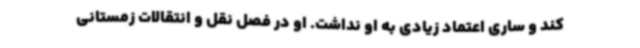
کند و ساری اعتماد زیادی به او نداشت. او در فصل نقل و انتقالات زمستانی